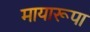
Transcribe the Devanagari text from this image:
मायारूपा